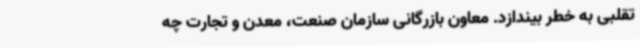
تقلبی به خطر بیندازد. معاون بازرگانی سازمان صنعت، معدن و تجارت چه